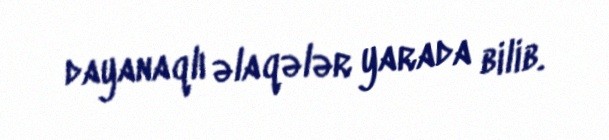
dayanaqlı əlaqələr yarada bilib.